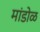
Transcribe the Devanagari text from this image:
मांडोळ